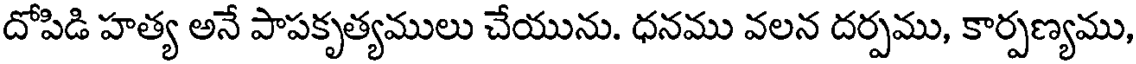
దోపిడి హత్య అనే పాపకృత్యములు చేయును. ధనము వలన దర్పము, కార్పణ్యము,